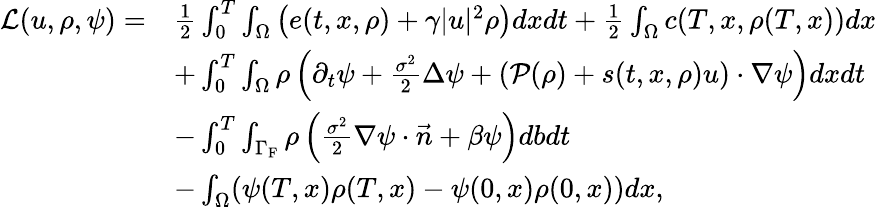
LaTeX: \begin{array}{rl}{\mathcal{L}(u,\rho,\psi)=}&{\frac{1}{2}\int_{0}^{T}\int_{\Omega}\left(e(t,x,\rho)+\gamma|u|^{2}\rho\right)dxdt+\frac{1}{2}\int_{\Omega}c(T,x,\rho(T,x))dx}\\ &{+\int_{0}^{T}\int_{\Omega}\rho\left(\partial_{t}\psi+\frac{\sigma^{2}}{2}\Delta\psi+\left(\mathcal{P}(\rho)+s(t,x,\rho)u\right)\cdot\nabla\psi\right)dxdt}\\ &{-\int_{0}^{T}\int_{\Gamma_{\mathrm{F}}}\rho\left(\frac{\sigma^{2}}{2}\nabla\psi\cdot\vec{n}+\beta\psi\right)dbdt}\\ &{-\int_{\Omega}(\psi(T,x)\rho(T,x)-\psi(0,x)\rho(0,x))dx,}\end{array}